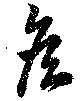
矦